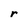
Character: r